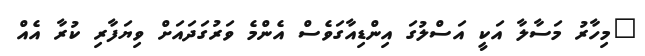
"މިހާރު މަސާލާ އަކީ އަސްލުގަ އިންޑިއާގަވެސް އެންމެ ވަރުގަދައަށް ވިޔަފާރި ކުރާ އެއް